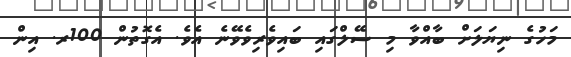
މަހުގެ ނިޔަލަށް ބާއްވާ މި ސޭލްގައި ބައިވެރިވެވޭނެ އެވެ. އެގޮތުން 100ރ. އިން